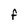
Character: F